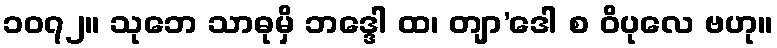
၁၀၇၂။ သုဘေ သာဓုမှိ ဘဒ္ဒေါ ထ၊ တျာ’ဒေါ စ ဝိပုလေ ဗဟု။